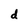
Character: d